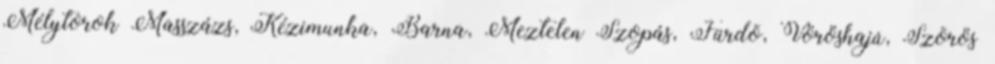
Mélytorok Masszázs, Kézimunka, Barna, Meztelen Szopás, Fürdõ, Vöröshajú, Szõrös